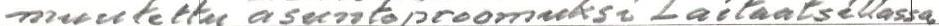
muutettu asuntoproomuksi Laitaatsillassa